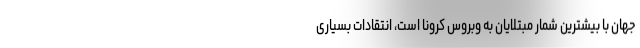
جهان با بیشترین شمار مبتلایان به وبروس کرونا است، انتقادات بسیاری